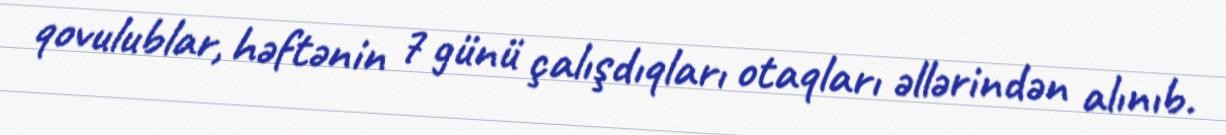
qovulublar, həftənin 7 günü çalışdıqları otaqları əllərindən alınıb.